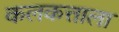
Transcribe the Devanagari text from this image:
कलकत्ताला